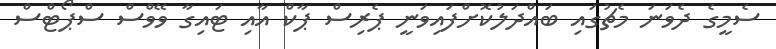
ސެމީގެ ދެވަނަ މެޗުގައި ބައްދަލުކޮށްފައިވަނީ ޕެރިސް ޕާކް އާއި ޓައިގާ ވޭވްސް ސްޕޯޓްސް